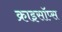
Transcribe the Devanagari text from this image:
क्राइसॉप्स